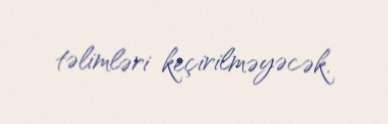
təlimləri keçirilməyəcək.